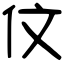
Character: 伩